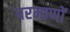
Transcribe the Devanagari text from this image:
परमाणों